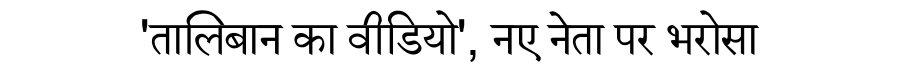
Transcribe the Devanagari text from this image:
'तालिबान का वीडियो', नए नेता पर भरोसा